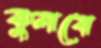
কুলবে